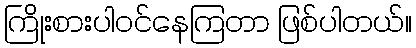
ကြိုးစားပါဝင်နေကြတာ ဖြစ်ပါတယ်။